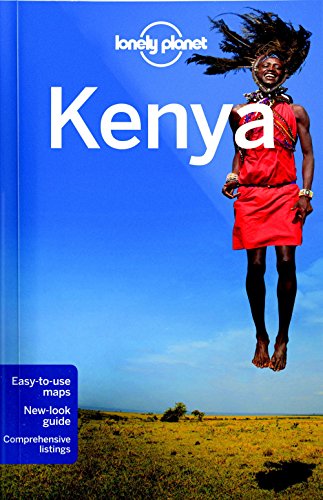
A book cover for Lonely Planet Kenya (Travel Guide); Lonely Planet; Travel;